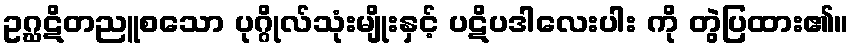
ဥဂ္ဃဋိတညူစသော ပုဂ္ဂိုလ်သုံးမျိုးနှင့် ပဋိပဒါလေးပါး ကို တွဲပြထား၏။